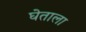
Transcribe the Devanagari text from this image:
घेताला